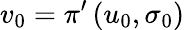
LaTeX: v_{0}=\pi^{\prime}\left(u_{0},\sigma_{0}\right)